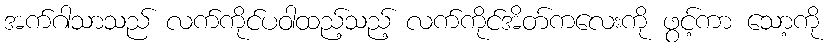
အက်ဂါသာသည် လက်ကိုင်ပဝါထည့်သည့် လက်ကိုင်အိတ်ကလေးကို ဖွင့်ကာ သော့ကို